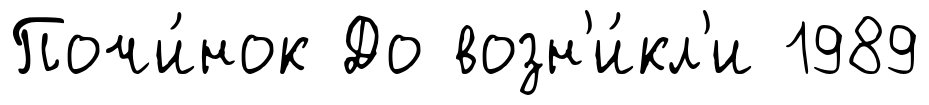
Почи́нок До возн'и́кл'и 1989